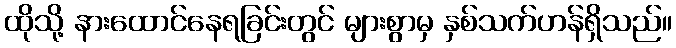
ထိုသို့ နားထောင်နေရခြင်းတွင် များစွာမှ နှစ်သက်ဟန်ရှိသည်။